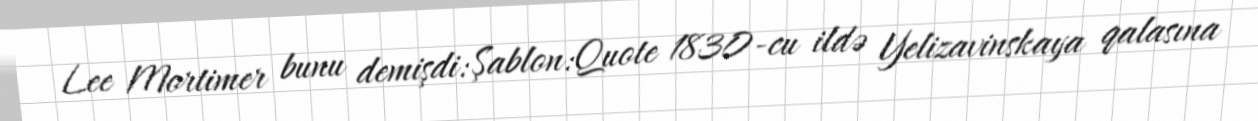
Lee Mortimer bunu demişdi:Şablon:Quote 1830-cu ildə Yelizavinskaya qalasına